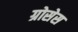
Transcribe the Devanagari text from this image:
ग्रोसेस